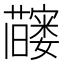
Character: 𬟗